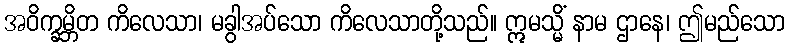
အဝိက္ခမ္ဘိတ ကိလေသာ၊ မခွါအပ်သော ကိလေသာတို့သည်။ ဣမသ္မိံ နာမ ဌာနေ၊ ဤမည်သော